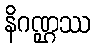
နိဂဏ္ဌဿ